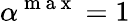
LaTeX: \alpha^{\mathrm{~m~a~x~}}=1